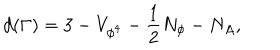
d ( \Gamma ) = 3 - V _ { \phi ^ { 4 } } - \frac { 1 } { 2 } N _ { \phi } - N _ { A } ,